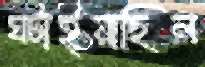
ঘটাইয়াছিল